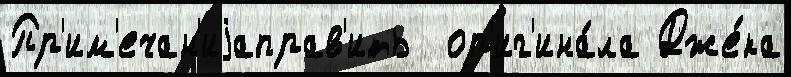
Пр'им'ечан'иjаправ'ить  ор'иг'ина́ла Дже́ка